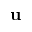
\mathbf { u }